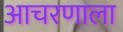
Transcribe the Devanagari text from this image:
आचरणाला